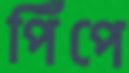
পিঁপে